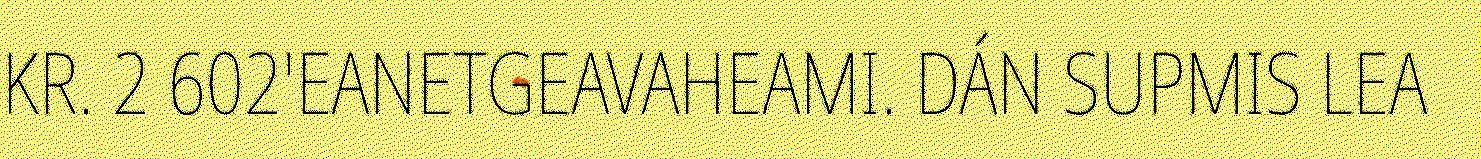
KR. 2 602'EANETGEAVAHEAMI. DÁN SUPMIS LEA